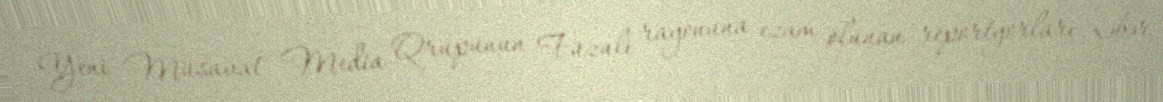
Yeni Müsavat" Media Qrupunun Füzuli rayonuna ezam olunan reportyorları xəbər